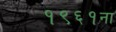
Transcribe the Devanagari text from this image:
१९६१ना